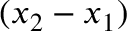
( x _ { 2 } - x _ { 1 } )